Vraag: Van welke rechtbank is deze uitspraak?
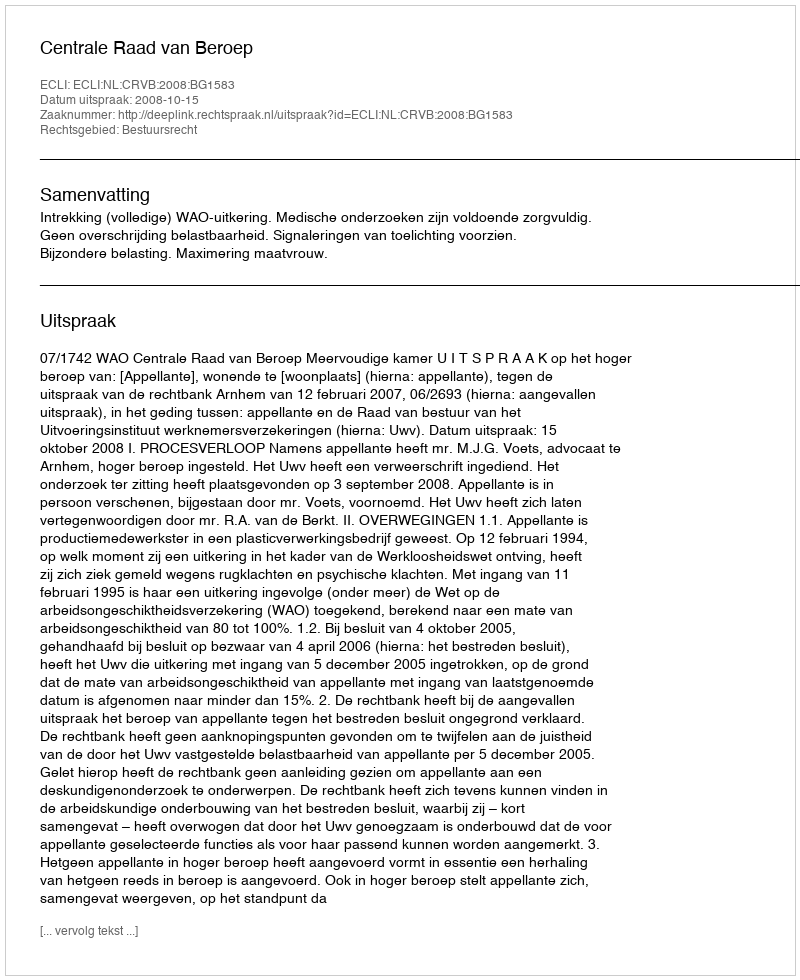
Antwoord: Centrale Raad van Beroep